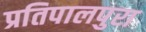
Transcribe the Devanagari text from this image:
प्रतिपालपुरा